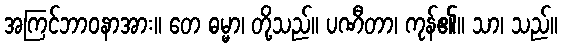
အကြင်ဘာဝနာအား။ တေ ဓမ္မာ၊ တို့သည်။ ပဏီတာ၊ ကုန်၏။ သာ၊ သည်။